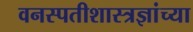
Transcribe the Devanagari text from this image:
वनस्पतीशास्त्रज्ञांच्या